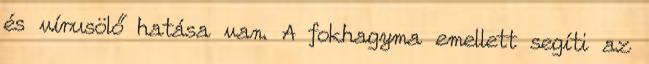
és vírusölő hatása van. A fokhagyma emellett segíti az